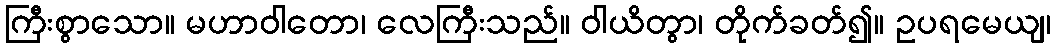
ကြီးစွာသော။ မဟာဝါတော၊ လေကြီးသည်။ ဝါယိတွာ၊ တိုက်ခတ်၍။ ဥပရမေယျ၊